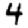
Digit: 4